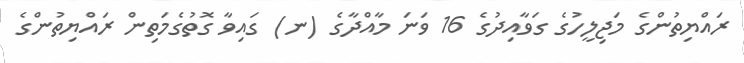
ރައްޔިތުންގެ މަޖިލީހުގެ ގަވާއިދުގެ 16 ވަނަ މާއްދާގެ (ނ) ގައިވާ ގޮތުގެމަތިން ރައްޔިތުންގެ